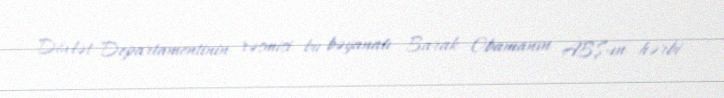
Dövlət Departamentinin rəsmisi bu bəyanatı Barak Obamanın ABŞ-ın hərbi